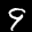
Label: 9